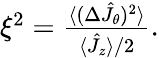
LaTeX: \begin{array}{r}{\xi^{2}=\frac{\langle(\Delta\hat{J}_{\theta})^{2}\rangle}{\langle\hat{J}_{z}\rangle/2}.}\end{array}